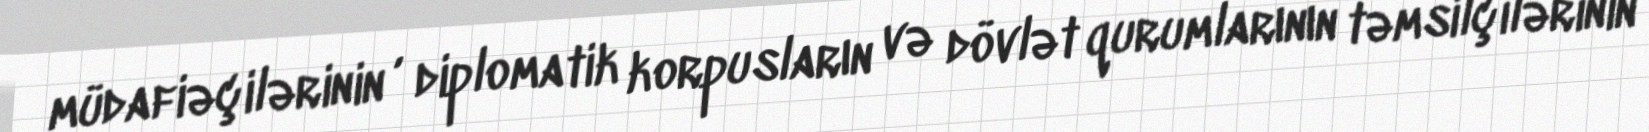
müdafiəçilərinin , diplomatik korpusların və dövlət qurumlarının təmsilçilərinin